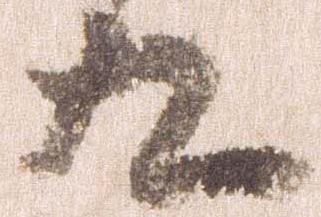
九